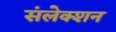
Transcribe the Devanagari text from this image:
संलेक्शन